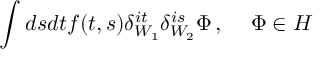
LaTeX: \int d s d t f ( t , s ) \delta _ { W _ { 1 } } ^ { i t } \delta _ { W _ { 2 } } ^ { i s } \Phi \, , \, \, \, \, \, \, \, \Phi \in { \cal H }